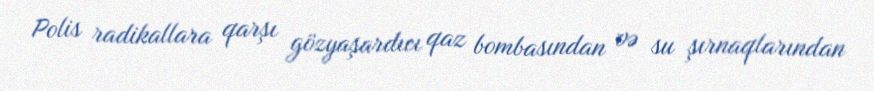
Polis radikallara qarşı gözyaşardıcı qaz bombasından və su şırnaqlarından